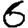
Digit: 6